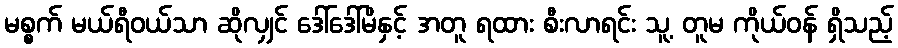
မစ္စက် မယ်ရီဝယ်သာ ဆိုလျှင် ဒေါ်ဒေါ်မိနှင့် အတူ ရထား စီးလာရင်း သူ့ တူမ ကိုယ်ဝန် ရှိသည့်